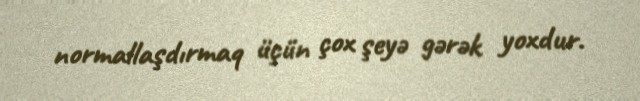
normallaşdırmaq üçün çox şeyə gərək yoxdur.